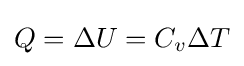
Q=\Delta U=C_{v}\Delta T